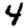
Digit: 4